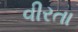
વીરતા